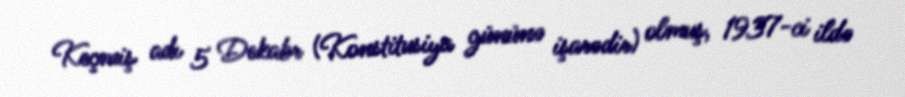
Keçmiş adı 5 Dekabr (Konstitusiya gününə işarədir) olmuş, 1937-ci ildə